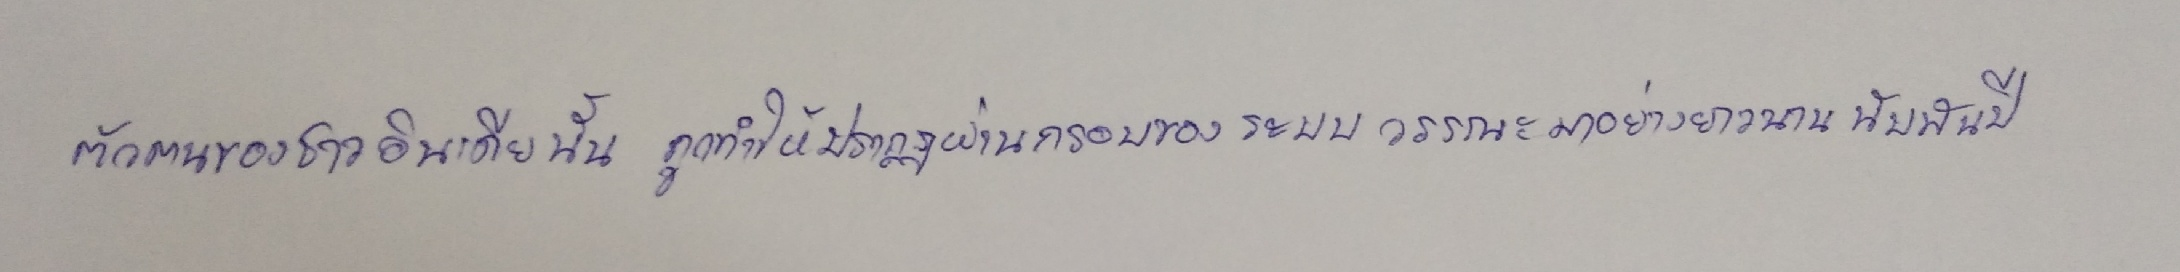
ตัวตนของชาวอินเดียนั้นถูกทำให้ปรากฏผ่านกรอบของระบบวรรณะมาอย่างยาวนานนับพันปี